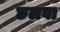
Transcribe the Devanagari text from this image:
छलवा